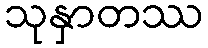
သုနှာတဿ